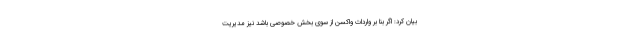
بیان کرد: اگر بنا بر واردات واکسن از سوی بخش خصوصی باشد نیز مدیریت